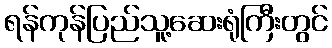
ရန်ကုန်ပြည်သူ့ဆေးရုံကြီးတွင်